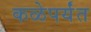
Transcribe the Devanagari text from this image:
कळेपर्यंत